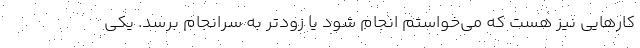
کارهایی نیز هست که می‌خواستم انجام شود یا زودتر به سرانجام برسد. یکی